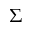
\Sigma